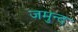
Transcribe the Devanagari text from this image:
जमुन्द